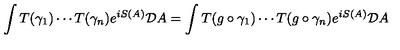
\int T ( \gamma _ { 1 } ) \cdots T ( \gamma _ { n } ) e ^ { i S ( A ) } { \cal D } A = \int T ( g \circ \gamma _ { 1 } ) \cdots T ( g \circ \gamma _ { n } ) e ^ { i S ( A ) } { \cal D } A